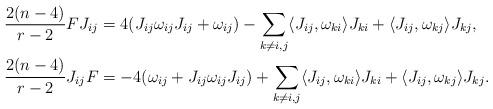
LaTeX: \begin{align*}\frac{2(n-4)}{r-2} FJ_{ij} &= 4( J_{ij} \omega_{ij} J_{ij} + \omega_{ij}) - \sum_{k\neq i,j}\langle J_{ij}, \omega_{ki}\rangle J_{ki}+\langle J_{ij}, \omega_{kj}\rangle J_{kj},\\\frac{2(n-4)}{r-2} J_{ij} F &=-4(\omega_{ij} + J_{ij}\omega_{ij} J_{ij}) + \sum_{k\neq i,j}\langle J_{ij}, \omega_{ki}\rangle J_{ki}+\langle J_{ij}, \omega_{kj}\rangle J_{kj}.\end{align*}